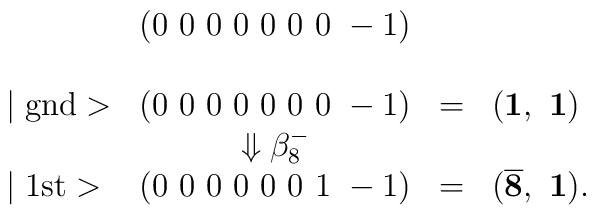
\begin{array}{lccl}                 & (0~0~0~0~0~0~0~-1) \\\\\mid \mbox{gnd}> & (0~0~0~0~0~0~0~-1) & = & ({\bf 1},~{\bf 1}) \\                 & \Downarrow \beta_8^- \\\mid \mbox{1st}> & (0~0~0~0~0~0~1~-1) & = & ({\bf \overline 8},~{\bf 1}). \\\end{array}